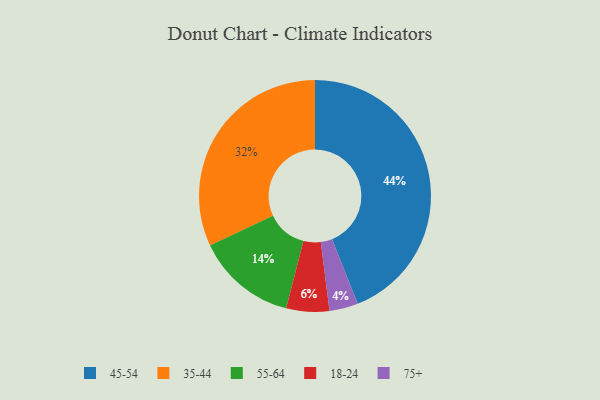
{"axis": {"x": "Category", "y": "Percentage"}, "legend": ["18-24", "35-44", "45-54", "55-64", "75+"], "data": [{"x": "75+", "y": 4, "type": "75+"}, {"x": "18-24", "y": 6, "type": "18-24"}, {"x": "55-64", "y": 14, "type": "55-64"}, {"x": "45-54", "y": 44, "type": "45-54"}, {"x": "35-44", "y": 32, "type": "35-44"}]}